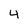
Character: 4